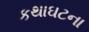
કથાઘટના